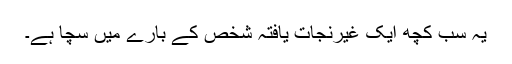
یہ سب کچھ ایک غیرنجات یافتہ شخص کے بارے میں سچا ہے۔